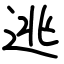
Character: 逃